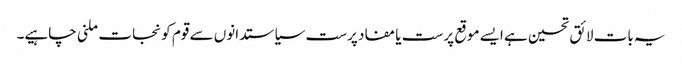
یہ بات لائق تحسین ہے ایسے موقع پرست یا مفاد پرست سیاستدانوں سے قوم کو نجات ملنی چاہیے۔